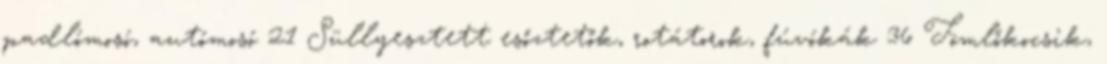
padlómosó, autómosó 21 Süllyesztett esőztetők, rotátorok, fúvókák 36 Tömlőkocsik,